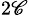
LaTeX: _{2\mathscr{C}}